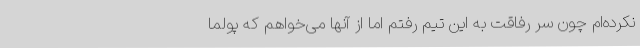
نکرده‌ام چون سر رفاقت به این تیم رفتم اما از آنها می‌خواهم که پولما